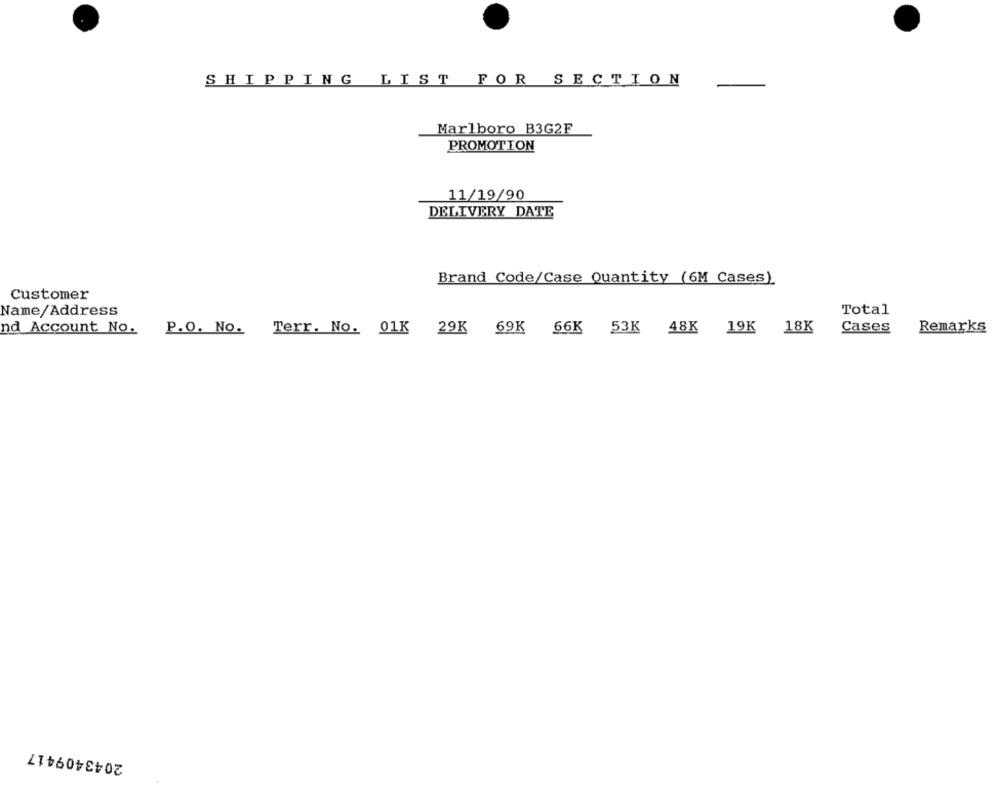
SHIPPING LIST FOR SECTION
Marlboro B3G2F
PROMOTION
11/19/90
DELIVERY DATE
Brand Code/Case Quantity (6M Cases)
Customer
Name/Address
Total
nd Account No. P.O. No. Terr. No. 01K 29K 69K
66K 53K 48K 19K 18K
Cases
Remarks
2043409417